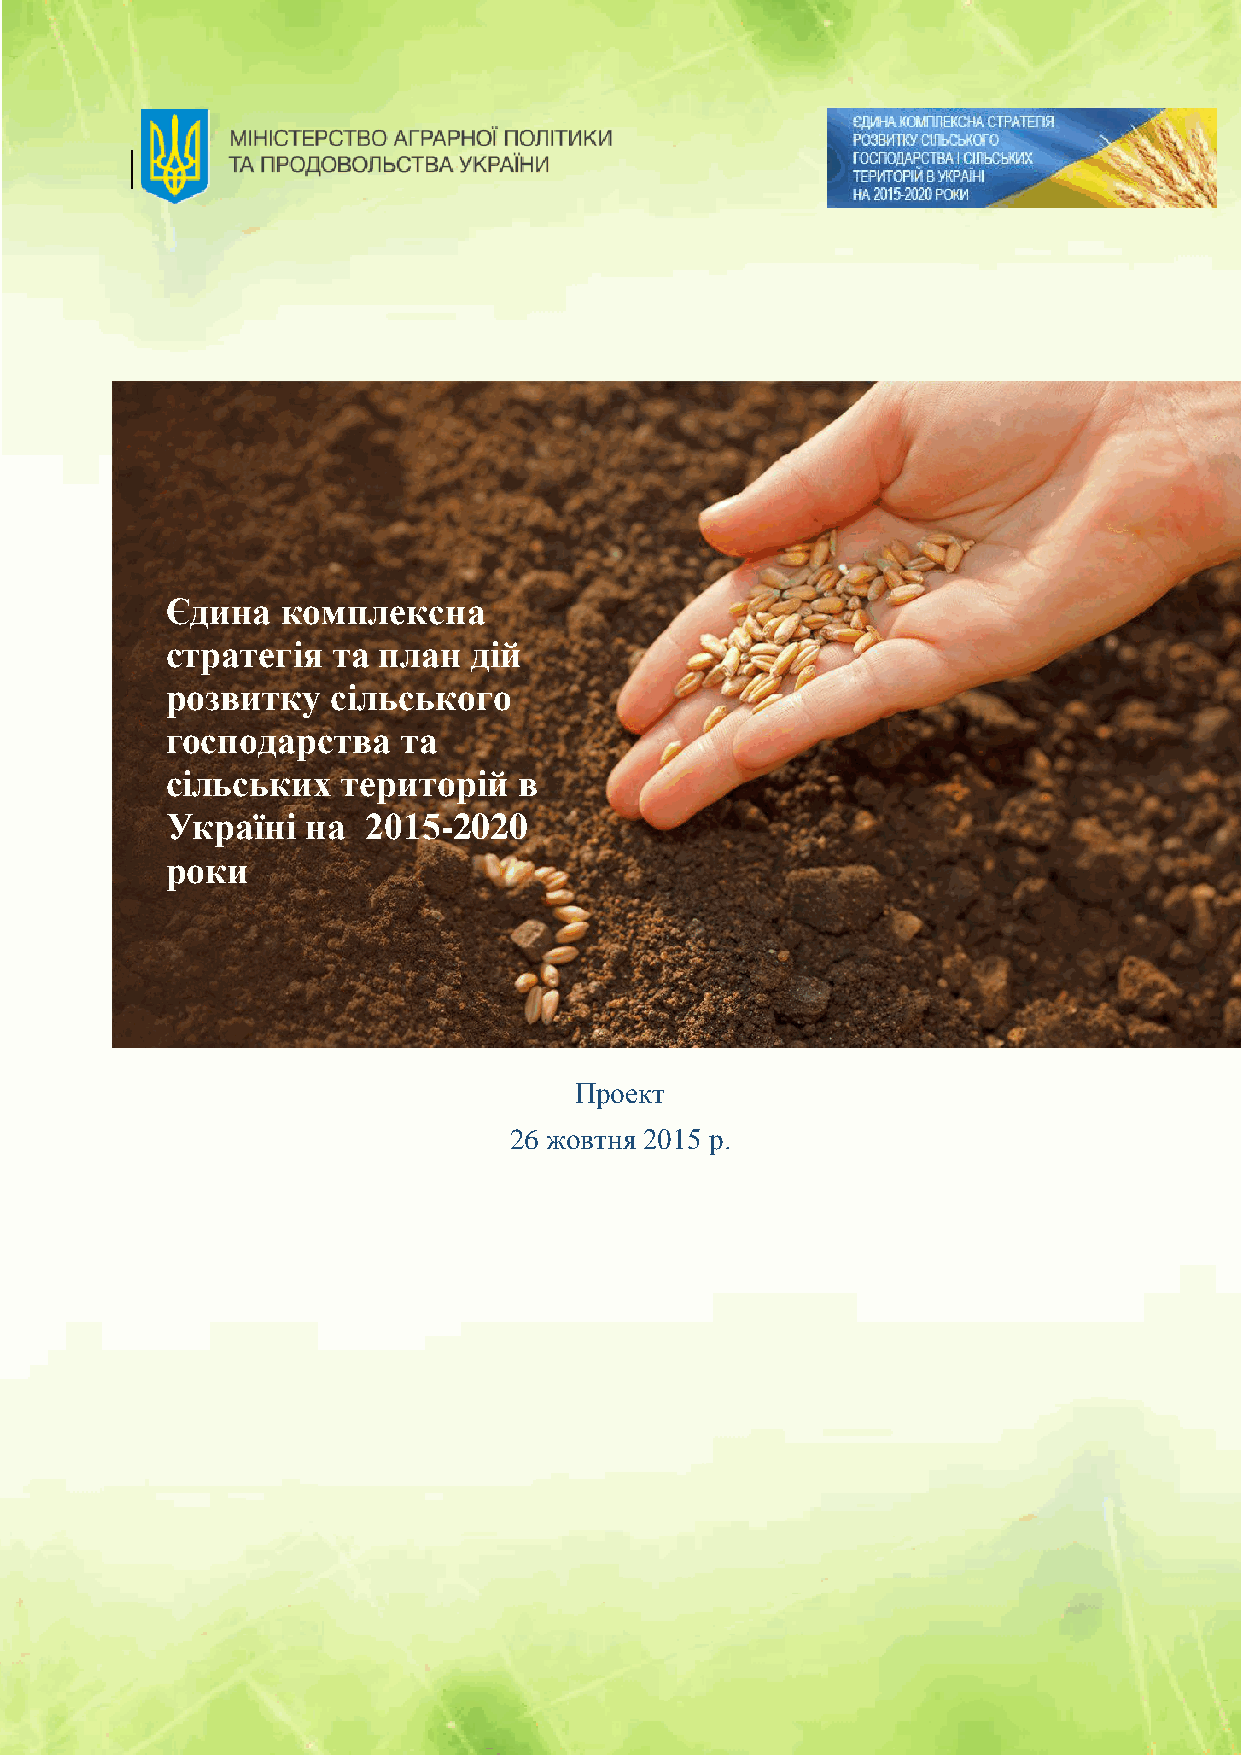
Єдина   комплексна
 стратегія  та план  дій
 розвитку   сільського
 господарства    та
 сільських   територій  в
 Україні  на  2015-2020
 роки
 Проект
 26 жовтня 2015 р.
 1